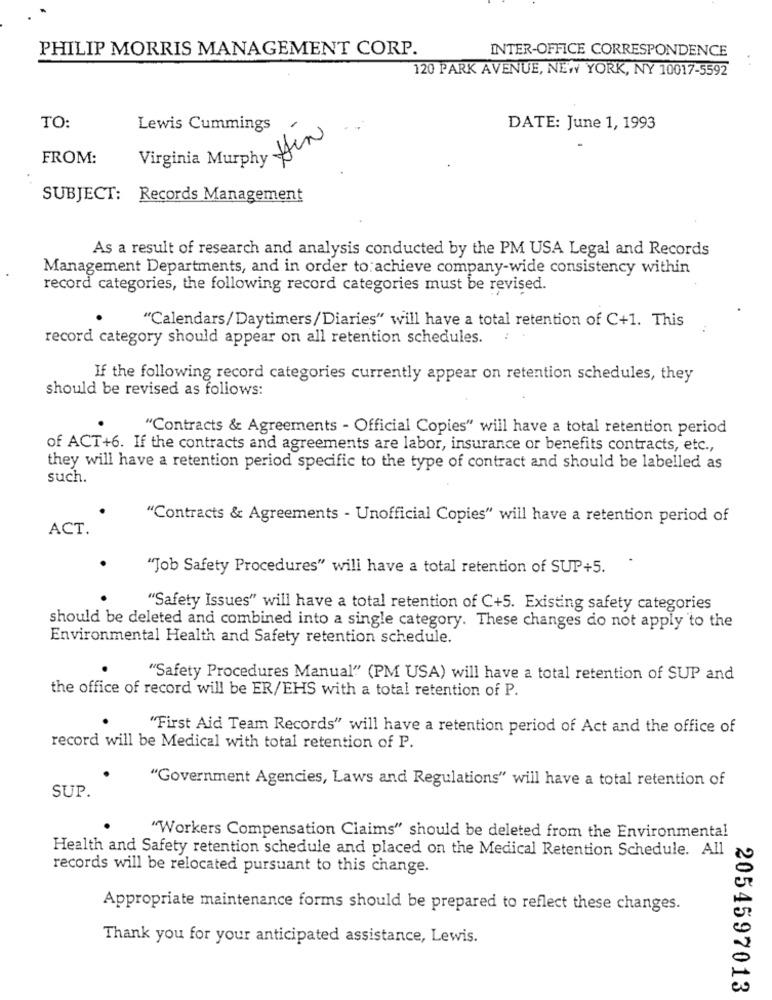
PHILIP MORRIS MANAGEMENT CORP.
INTER-OFFICE CORRESPONDENCE
. .
120 PARK AVENUE, NEW YORK, NY 10017-5592
TO:
Lewis Cummings
DATE: June 1, 1993
Virginia Murphy Hin
FROM:
SUBJECT: Records Management
As a result of research and analysis conducted by the PM USA Legal and Records
Management Departments, and in order to:achieve company-wide consistency within
record categories, the following record categories must be revised.
"Calendars/Daytimers/Diaries" will have a total retention of C+1. This
record category should appear on all retention schedules. :
If the following record categories currently appear on retention schedules, they
should be revised as follows:
"Contracts & Agreements - Official Copies" will have a total retention period
of ACT+6. If the contracts and agreements are labor, insurance or benefits contracts, etc .,
they will have a retention period specific to the type of contract and should be labelled as
such.
"Contracts & Agreements - Unofficial Copies" will have a retention period of
ACT.
"Job Safety Procedures" will have a total retention of SUP+5.
"Safety Issues" will have a total retention of C+5. Existing safety categories
should be deleted and combined into a single category. These changes do not apply to the
Environmental Health and Safety retention schedule.
"Safety Procedures Manual" (PM USA) will have a total retention of SUP and
the office of record will be ER/EHS with a total retention of P.
"First Aid Team Records" will have a retention period of Act and the office of
record will be Medical with total retention of P.
"Government Agencies, Laws and Regulations" will have a total retention of
SUP.
"Workers Compensation Claims" should be deleted from the Environmental
Health and Safety retention schedule and placed on the Medical Retention Schedule. All
records will be relocated pursuant to this change.
Appropriate maintenance forms should be prepared to reflect these changes.
Thank you for your anticipated assistance, Lewis.
2054597013